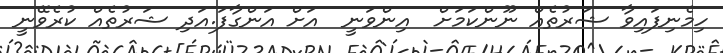
ހިމެނިފައިވާ ޝަރުތެއް ނޫންކަމަށް  އިންވަނީ  އަށް އަންގާފަ.އަދި ޝަރުތެއް ކުރެވޭނީ